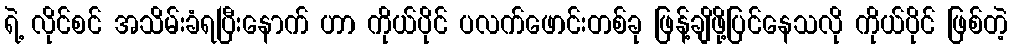
ရဲ့ လိုင်စင် အသိမ်းခံရပြီးနောက် ဟာ ကိုယ်ပိုင် ပလက်ဖောင်းတစ်ခု ဖြန့်ချိဖို့ပြင်နေသလို ကိုယ်ပိုင် ဖြစ်တဲ့